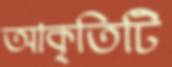
আকৃতিটি